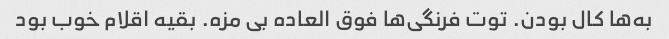
به‌ها کال بودن. توت فرنگی‌ها فوق العاده بی مزه. بقیه اقلام خوب بود